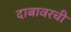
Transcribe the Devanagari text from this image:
दाबावरची